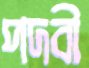
পদবী